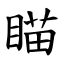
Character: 瞄